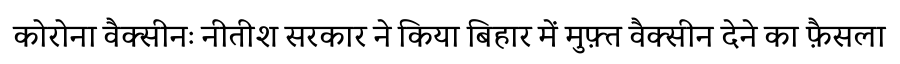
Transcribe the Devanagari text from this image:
कोरोना वैक्सीनः नीतीश सरकार ने किया बिहार में मुफ़्त वैक्सीन देने का फ़ैसला